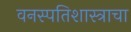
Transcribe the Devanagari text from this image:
वनस्पतिशास्त्राचा